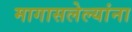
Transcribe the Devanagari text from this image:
मागासलेल्यांना